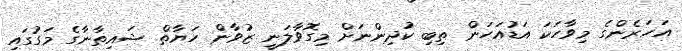
އަހަރެންގެ މިވާހަކަ އަޑުއަހަން ތިބި ކުދިންނަށް މިގޮވާލަނީ ޒުވާން ހަޔާތް ޝައިތާނާގެ މަގުގައި